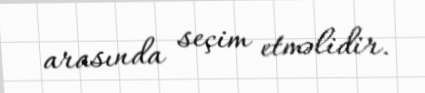
arasında seçim etməlidir.